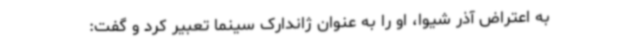
به اعتراض آذر شیوا، او را به‌ عنوان ژاندارک سینما تعبیر کرد و گفت: